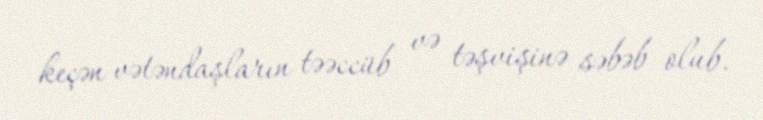
keçən vətəndaşların təəccüb və təşvişinə səbəb olub.